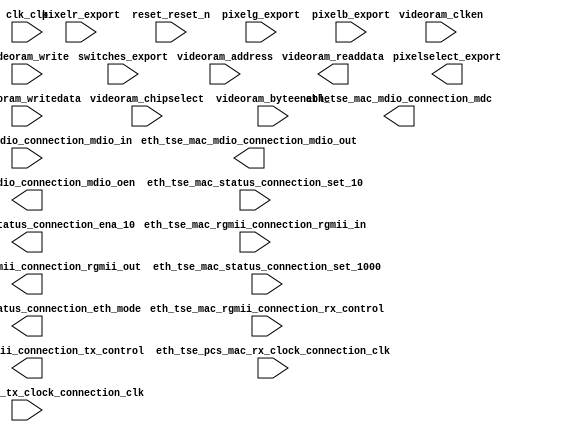

module barcodescanner_nios (
	clk_clk,
	eth_tse_mac_mdio_connection_mdc,
	eth_tse_mac_mdio_connection_mdio_in,
	eth_tse_mac_mdio_connection_mdio_out,
	eth_tse_mac_mdio_connection_mdio_oen,
	eth_tse_mac_rgmii_connection_rgmii_in,
	eth_tse_mac_rgmii_connection_rgmii_out,
	eth_tse_mac_rgmii_connection_rx_control,
	eth_tse_mac_rgmii_connection_tx_control,
	eth_tse_mac_status_connection_set_10,
	eth_tse_mac_status_connection_set_1000,
	eth_tse_mac_status_connection_eth_mode,
	eth_tse_mac_status_connection_ena_10,
	eth_tse_pcs_mac_rx_clock_connection_clk,
	eth_tse_pcs_mac_tx_clock_connection_clk,
	pixelr_export,
	pixelselect_export,
	reset_reset_n,
	switches_export,
	videoram_address,
	videoram_chipselect,
	videoram_clken,
	videoram_write,
	videoram_readdata,
	videoram_writedata,
	videoram_byteenable,
	pixelg_export,
	pixelb_export);	

	input		clk_clk;
	output		eth_tse_mac_mdio_connection_mdc;
	input		eth_tse_mac_mdio_connection_mdio_in;
	output		eth_tse_mac_mdio_connection_mdio_out;
	output		eth_tse_mac_mdio_connection_mdio_oen;
	input	[3:0]	eth_tse_mac_rgmii_connection_rgmii_in;
	output	[3:0]	eth_tse_mac_rgmii_connection_rgmii_out;
	input		eth_tse_mac_rgmii_connection_rx_control;
	output		eth_tse_mac_rgmii_connection_tx_control;
	input		eth_tse_mac_status_connection_set_10;
	input		eth_tse_mac_status_connection_set_1000;
	output		eth_tse_mac_status_connection_eth_mode;
	output		eth_tse_mac_status_connection_ena_10;
	input		eth_tse_pcs_mac_rx_clock_connection_clk;
	input		eth_tse_pcs_mac_tx_clock_connection_clk;
	input	[7:0]	pixelr_export;
	output	[7:0]	pixelselect_export;
	input		reset_reset_n;
	input	[7:0]	switches_export;
	input	[11:0]	videoram_address;
	input		videoram_chipselect;
	input		videoram_clken;
	input		videoram_write;
	output	[31:0]	videoram_readdata;
	input	[31:0]	videoram_writedata;
	input	[3:0]	videoram_byteenable;
	input	[7:0]	pixelg_export;
	input	[7:0]	pixelb_export;
endmodule